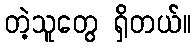
တဲ့သူတွေ ရှိတယ်။